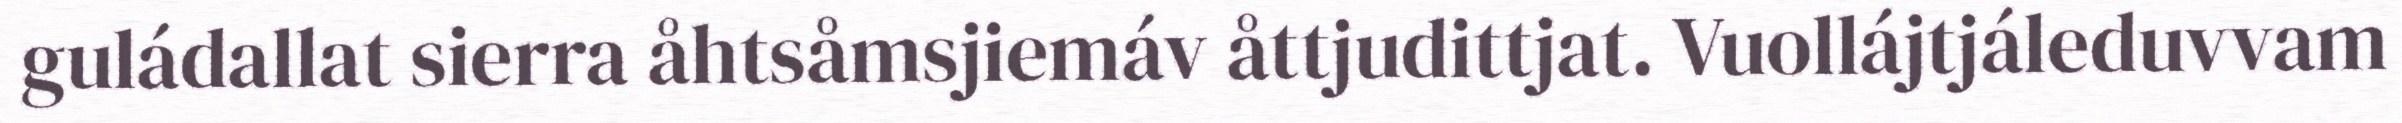
guládallat sierra åhtsåmsjiemáv åttjudittjat. Vuollájtjáleduvvam